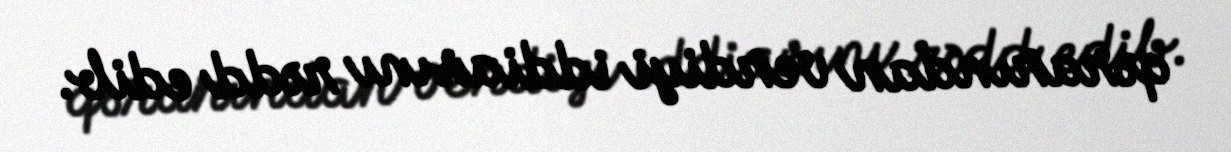
qərarından verdiyi iddiasını rədd edib.